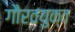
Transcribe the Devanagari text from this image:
गौरवयुक्त